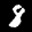
Label: 8